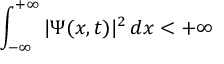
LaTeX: \int _ { - \infty } ^ { + \infty } | \Psi ( x , t ) | ^ { 2 } \, d x < + \infty